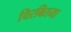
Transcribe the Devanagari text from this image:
चिरबितया